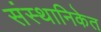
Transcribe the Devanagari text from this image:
संस्थानिकेत